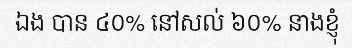
ឯង បាន ៤០% នៅសល់ ៦០% នាងខ្ញុំ